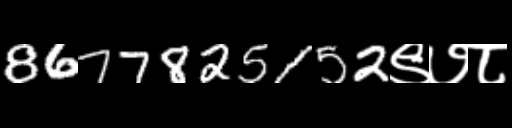
Text: 8677825152९७८